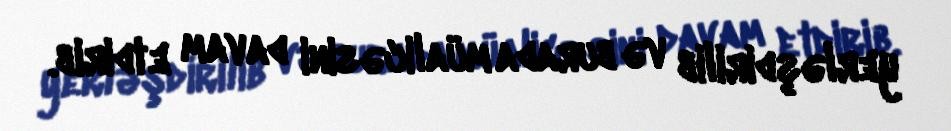
yerləşdirilib və burada müalicəsini davam etdirib.